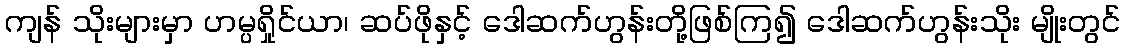
ကျန် သိုးများမှာ ဟမ္ပရှိုင်ယာ၊ ဆပ်ဖိုနှင့် ဒေါဆက်ဟွန်းတို့ဖြစ်ကြ၍ ဒေါဆက်ဟွန်းသိုး မျိုးတွင်